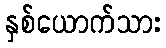
နှစ်ယောက်သား